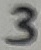
Text: 3